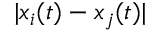
| x _ { i } ( t ) - x _ { j } ( t ) |